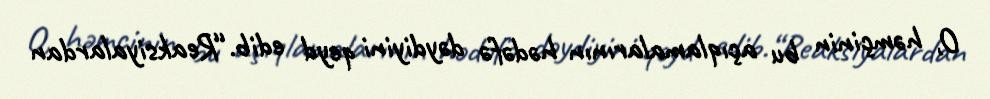
O, həmçinin bu açıqlamalarının hədəfə dəydiyini qeyd edib.“Reaksiyalardan